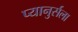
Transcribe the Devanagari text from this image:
प्यानुर्सला